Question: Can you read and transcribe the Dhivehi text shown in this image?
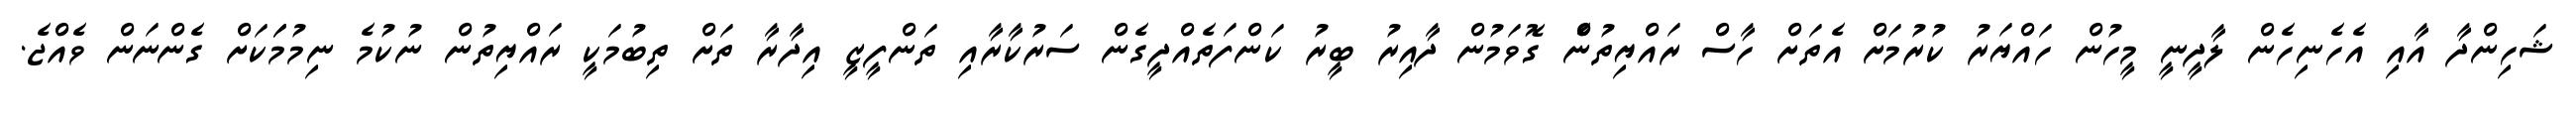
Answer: ޝަހިންދާ އާއި އެހެނިހެން ލާދީނީ މީހުން ހައްޔަރު ކުރުމަށް އެތަށް ހާސް ރައްޔިތުނެް ގޮވަމުން ދާއިރު ބީރު ކަންފަތެއްދީގެން ސަރުކާރާއި ތަންފީޒީ އިދާރާ ތަށް ތިބުމަކީ ރައްޔިތުން ނުކުމެ ނިމުމަަކަށް ގެންނަން ވެއްޖެ.